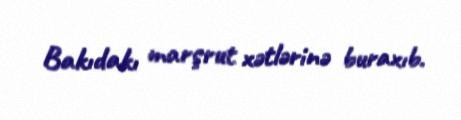
Bakıdakı marşrut xətlərinə buraxıb.